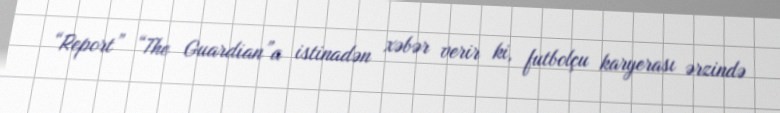
“Report” “The Guardian”a istinadən xəbər verir ki, futbolçu karyerası ərzində